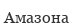
Амазона